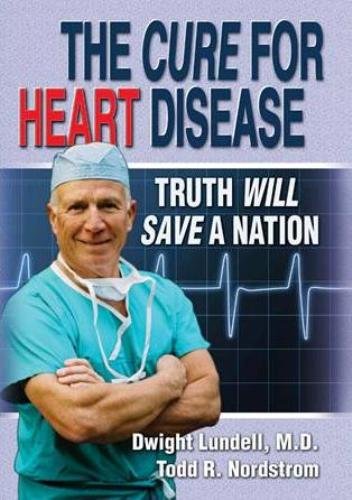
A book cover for The Cure for Heart Disease: Truth Will Save a Nation; Dwight Lundell; Health, Fitness & Dieting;